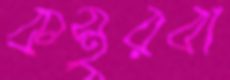
কস্তুরবা